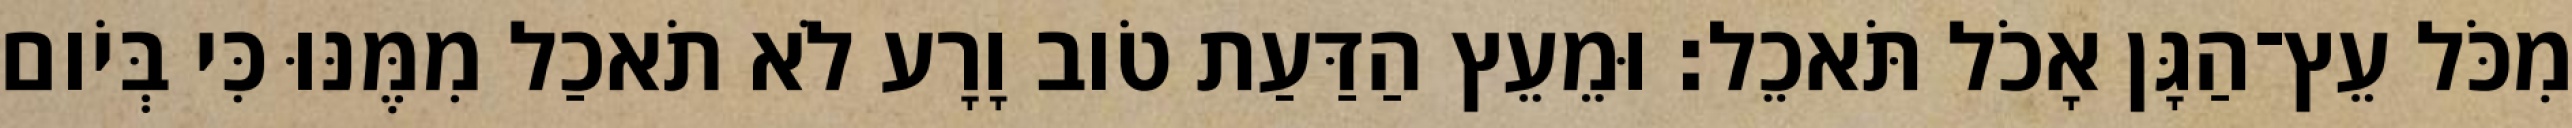
מִכֹּל עֵץ־הַגָּן אָכֹל תֹּאכֵל׃ וּמֵעֵץ הַדַּעַת טֹוב וָרָע לֹא תֹאכַל מִמֶּנּוּ כִּי בְּיֹום